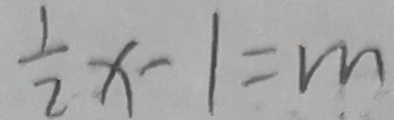
\frac { 1 } { 2 } x - 1 = m